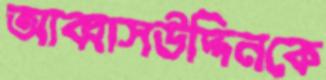
আব্বাসউদ্দিনকে